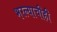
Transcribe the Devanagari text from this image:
भरल्याचीही